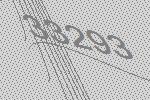
33293